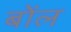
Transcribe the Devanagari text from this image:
बोंल